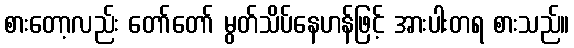
စားတော့လည်း တော်တော် မွတ်သိပ်နေဟန်ဖြင့် အားပါးတရ စားသည်။